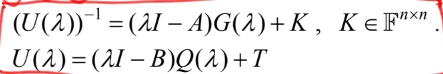
\[
\begin{align*}
(U(\lambda))^{-1}&=(\lambda I - A)G(\lambda)+K,\ K\in\mathbb{F}^{n\times n}\\
U(\lambda)&=(\lambda I - B)Q(\lambda)+T
\end{align*}
\]